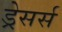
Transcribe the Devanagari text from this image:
ड्रेसर्स